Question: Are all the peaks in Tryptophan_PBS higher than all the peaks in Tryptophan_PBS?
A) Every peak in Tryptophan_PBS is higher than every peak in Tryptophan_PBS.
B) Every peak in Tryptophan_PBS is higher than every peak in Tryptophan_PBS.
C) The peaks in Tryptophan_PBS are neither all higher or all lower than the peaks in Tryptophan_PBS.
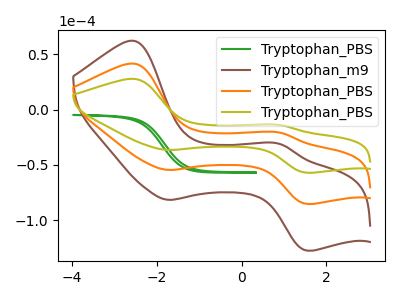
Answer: <think>The green curve "Tryptophan_PBS" has no peaks. The brown curve "Tryptophan_m9" has anodic peaks at (-2.55V, 83.25uA) (0.90V, -41.50uA) and cathodic peaks at (-1.75V, -109.05uA) (1.55V, -170.55uA). The orange curve "Tryptophan_PBS" has anodic peaks at (-2.55V, 41.60uA) (0.90V, -20.75uA) and cathodic peaks at (-1.75V, -54.50uA) (1.55V, -85.25uA). The olive curve "Tryptophan_PBS" has anodic peaks at (-2.55V, 27.85uA) (0.90V, -13.90uA) and cathodic peaks at (-1.75V, -36.45uA) (1.55V, -57.05uA).</think>
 <answer>C) The peaks in "Tryptophan_PBS" are neither all higher or all lower than the peaks in "Tryptophan_PBS".</answer>
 <eval>C</eval>